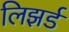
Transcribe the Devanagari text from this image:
लिझर्ड